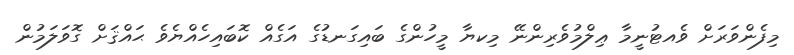
މިފެންވަރަށް ވެއޓުނީމާ ޢިލްމުވެރިންނޭ މިކޔާ މީހުންގެ ބައިގަނޑުގެ އަގެއް ކޮބައިހެއްޔެވެ ޙައްޤަށް ގޮވަލަމުން